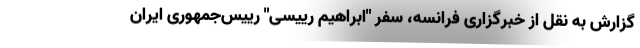
گزارش به نقل از خبرگزاری فرانسه، سفر "ابراهیم رییسی" رییس‌جمهوری ایران